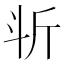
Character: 𣁰